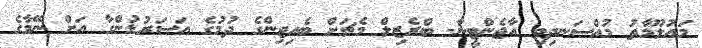
މައުލޫމާތު މުއްސަނދިވި އާޖެންޓީނާ- ބްރެޒިލް މެޗަށް ބެއިޖިންގެ ދުމުގެ އަސަރުޑުންގާ އަށް ނޭމާގެ